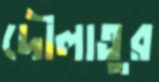
দৌলাতুর